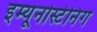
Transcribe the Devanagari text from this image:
इम्यूनोस्टेनिंग